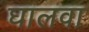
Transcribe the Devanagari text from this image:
घालवा